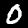
Label: 0